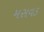
મસવડ